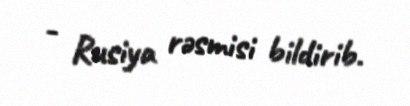
- Rusiya rəsmisi bildirib.